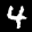
Label: 4